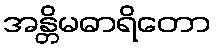
အန္တိမဓာရိတော